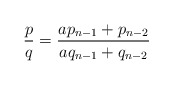
\begin{align*}\frac{p}{q} = \frac{a p_{n - 1} + p_{n - 2}}{a q_{n - 1} + q_{n - 2}}\end{align*}